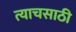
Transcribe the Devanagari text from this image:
त्याचसाठी